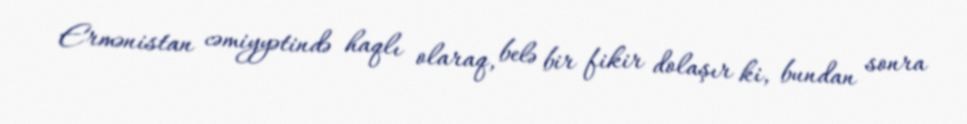
Ermənistan cəmiyyətində haqlı olaraq, belə bir fikir dolaşır ki, bundan sonra